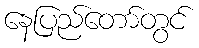
နေပြည်တော်တွင်